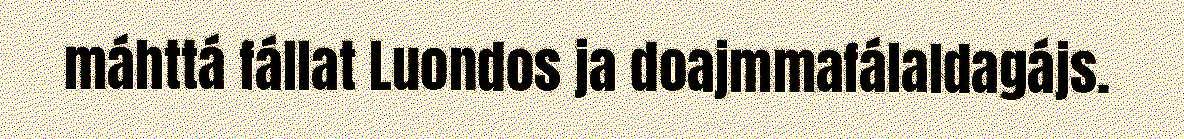
máhttá fállat Luondos ja doajmmafálaldagájs.